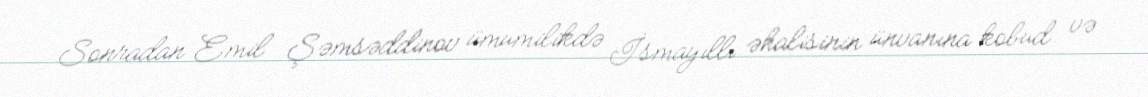
Sonradan Emil Şəmsəddinov ümumilikdə İsmayıllı əhalisinin ünvanına kobud və